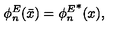
\phi _ { n } ^ { E } ( \bar { x } ) = { \phi _ { n } ^ { E } } ^ { * } ( x ) { , }